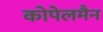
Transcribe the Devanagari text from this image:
कोपेलमैन